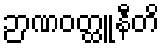
ဉာဏဝတ္ထူနီတိ